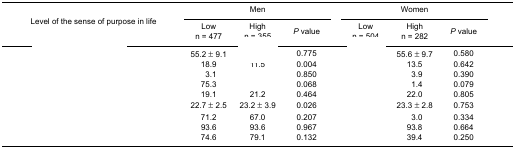
<table><thead><tr><td rowspan="3"><b>Level of the sense of purpose in life</b></td><td colspan="3"><b>Men</b></td><td colspan="3"><b>Women</b></td></tr><tr><td><b>Lown = 477</b></td><td><b>Highn = 355</b></td><td><b><i>P</i> value</b></td><td><b>Lown = 504</b></td><td><b>Highn = 282</b></td><td><b><i>P</i> value</b></td></tr></thead><tbody><tr><td>[EMPTY_CELL]</td><td>55.2 ± 9.1</td><td>[EMPTY_CELL]</td><td>0.775</td><td>[EMPTY_CELL]</td><td>55.6 ± 9.7</td><td>0.580</td></tr><tr><td>[EMPTY_CELL]</td><td>18.9</td><td>11.5</td><td>0.004</td><td>[EMPTY_CELL]</td><td>13.5</td><td>0.642</td></tr><tr><td>[EMPTY_CELL]</td><td>3.1</td><td>[EMPTY_CELL]</td><td>0.850</td><td>[EMPTY_CELL]</td><td>3.9</td><td>0.390</td></tr><tr><td>[EMPTY_CELL]</td><td>75.3</td><td>[EMPTY_CELL]</td><td>0.068</td><td>[EMPTY_CELL]</td><td>1.4</td><td>0.079</td></tr><tr><td>[EMPTY_CELL]</td><td>19.1</td><td>21.2</td><td>0.464</td><td>[EMPTY_CELL]</td><td>22.0</td><td>0.805</td></tr><tr><td>[EMPTY_CELL]</td><td>22.7 ± 2.5</td><td>23.2 ± 3.9</td><td>0.026</td><td>[EMPTY_CELL]</td><td>23.3 ± 2.8</td><td>0.753</td></tr><tr><td>[EMPTY_CELL]</td><td>71.2</td><td>67.0</td><td>0.207</td><td>[EMPTY_CELL]</td><td>3.0</td><td>0.334</td></tr><tr><td>[EMPTY_CELL]</td><td>93.6</td><td>93.6</td><td>0.967</td><td>[EMPTY_CELL]</td><td>93.8</td><td>0.664</td></tr><tr><td>[EMPTY_CELL]</td><td>74.6</td><td>79.1</td><td>0.132</td><td>[EMPTY_CELL]</td><td>39.4</td><td>0.250</td></tr></tbody></table>